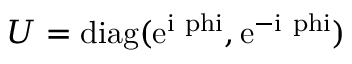
U = \mathrm { { d i a g } ( e ^ { i \ p h i } , e ^ { - i \ p h i } ) }